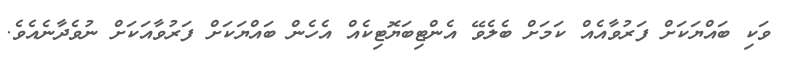
ވަކި ބައްޔަކަށް ފަރުވާއެއް ކަމަށް ބެލެވޭ އެންޓިބަޔޮޓިކެއް އެހެން ބައްޔަކަށް ފަރުވާއަކަށް ނުވެދާނެއެވެ.